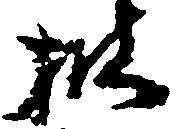
披